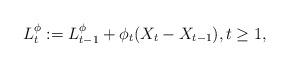
LaTeX: \begin{align*}L_t^{\phi}:=L_{t-1}^{\phi}+\phi_t(X_t-X_{t-1}), t\geq 1,\end{align*}